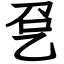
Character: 㐒